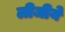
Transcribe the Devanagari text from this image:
लीजीये